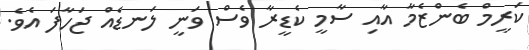
ކަރީމް ބެންޒެމާ އާއި ސާމީ ކެޑީރާ ވެސް ވަނީ ލަނޑެއް ޖަހާފަ އެވެ.